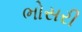
ભોસરી